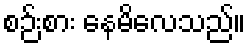
စဉ်းစား နေမိလေသည်။